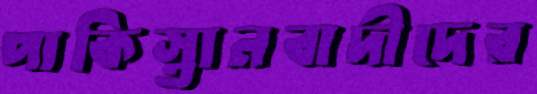
পাকিস্তানবাদীদের